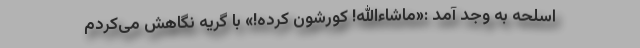
اسلحه به وجد آمد :«ماشاءالله! کورشون کرده!» با گریه نگاهش می‌کردم